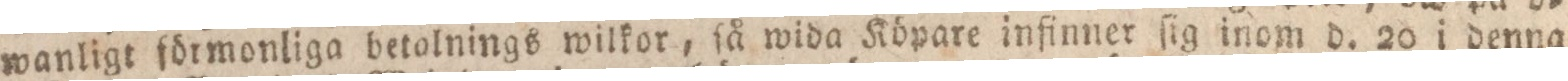
wanligt förmonliga betolnings wilkor, ſå wida Köpare infinner ſig inom d. 20 i denna